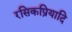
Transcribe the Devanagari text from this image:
रसिकप्रियादि